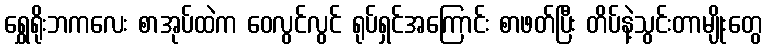
ရွှေရိုးဘကလေး စာအုပ်ထဲက ဝေလွင်လွင် ရုပ်ရှင်အကြောင်း စာဖတ်ပြီး တိပ်နဲ့သွင်းတာမျိုးတွေ